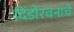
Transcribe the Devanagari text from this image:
दिंडोरवनाचे